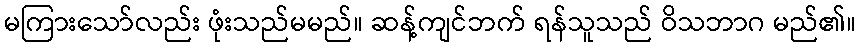
မကြားသော်လည်း ဖုံးသည်မမည်။ ဆန့်ကျင်ဘက် ရန်သူသည် ဝိသဘာဂ မည်၏။